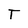
Character: T